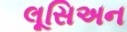
લૂસિઅન